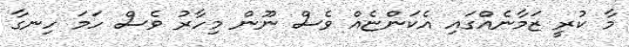
މާ ކުރީ ޒަމާނެއްގައި އެކަންޏެއް ވެސް ނޫން މިހާރު ވެސް ހަމަ ހިނގާ